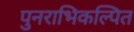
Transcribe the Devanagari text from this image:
पुनराभिकल्पित